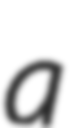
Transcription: a